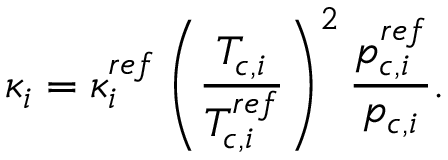
\kappa _ { i } = \kappa _ { i } ^ { r e f } \left( \frac { T _ { c , i } } { T _ { c , i } ^ { r e f } } \right) ^ { 2 } \frac { p _ { c , i } ^ { r e f } } { p _ { c , i } } .